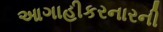
આગાહીકરનારની